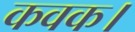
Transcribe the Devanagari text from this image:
कवक।